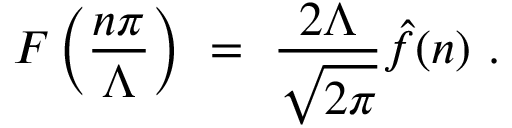
F \left( { \frac { n \pi } { \Lambda } } \right) \ = \ { \frac { 2 \Lambda } { \sqrt { 2 \pi } } } \hat { f } ( n ) \ .